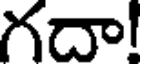
గదా!